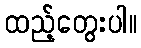
ထည့်တွေးပါ။